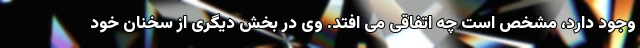
وجود دارد، مشخص است چه اتفاقی می افتد. وی در بخش دیگری از سخنان خود